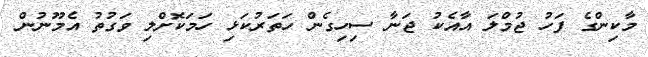
މާކިންގެ ފަހު ޖުމްލަ އާއެކު ޖަނާ ސިހިގެން ހަތަރުކަޅި ހަމަކޮށްލި ވަގުތު އެމޫނުން